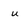
Character: u